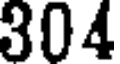
304